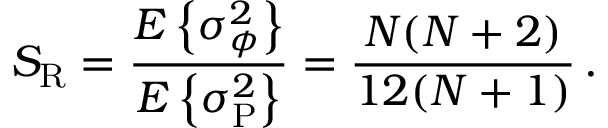
S _ { \mathrm R } = { \frac { E \left\{ \sigma _ { \phi } ^ { 2 } \right\} } { E \left\{ \sigma _ { \mathrm P } ^ { 2 } \right\} } } = { \frac { N ( N + 2 ) } { 1 2 ( N + 1 ) } } \, .